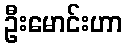
ဦးမောင်းဟာ